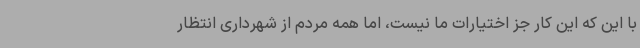
با این که این کار جز اختیارات ما نیست، اما همه مردم از شهرداری انتظار